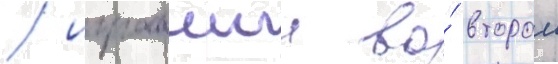
/ игравшии во́ второи